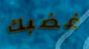
غضبك